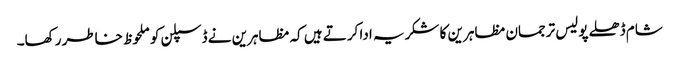
شام ڈھلے پولیس ترجمان مظاہرین کا شکریہ ادا کرتے ہیں کہ مظاہرین نے ڈسپلن کو ملحوظ خاطر رکھا۔